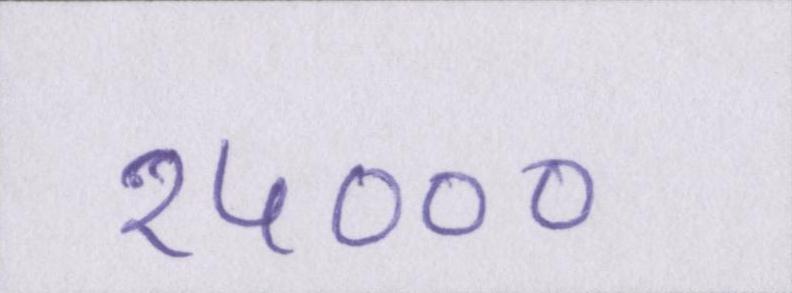
२५०००